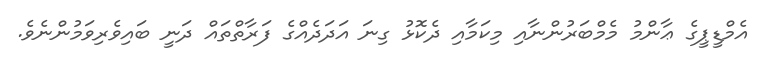
އެމްޑީޕީގެ ޢާންމު މެމްބަރުންނާއި މިކަމާއި ދެކޮޅު ގިނަ އަދަދެއްގެ ފަރާތްތައް ދަނީ ބައިވެރިވަމުންނެވެ.